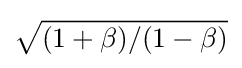
{\sqrt {(1+\beta )/(1-\beta )}}